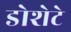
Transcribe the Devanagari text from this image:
डोशेटे